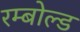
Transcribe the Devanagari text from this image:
रम्बोल्ड